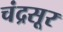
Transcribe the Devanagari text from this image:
चंद्रसूर